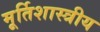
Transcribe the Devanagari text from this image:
मूर्तिशास्त्रीय